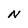
Character: N